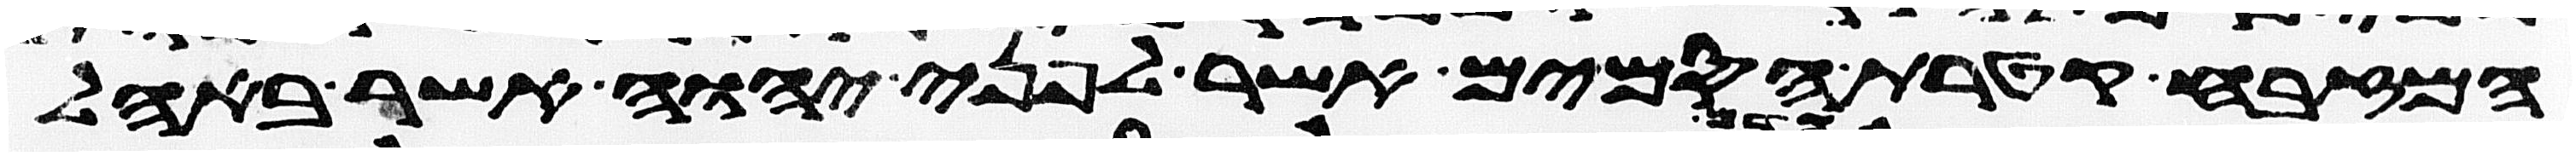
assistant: המזבח קטרת הסמים אשר לפני יהוה אשר באהל